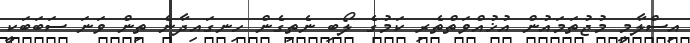
އިސްލާމީ މުޖުތަމައުން އުޚުއްވަތްތެރި ކަމުގެ ލޯބި ނެތިގެން ހިނގައިދާނެ ތިން ވަނަ ސަބަބަކީ